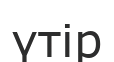
үтір